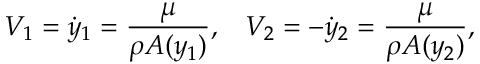
V _ { 1 } = \dot { y } _ { 1 } = \frac { \mu } { \rho A ( y _ { 1 } ) } , \; \; \; V _ { 2 } = - \dot { y } _ { 2 } = \frac { \mu } { \rho A ( y _ { 2 } ) } ,